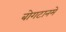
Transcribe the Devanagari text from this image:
बोगटानमे